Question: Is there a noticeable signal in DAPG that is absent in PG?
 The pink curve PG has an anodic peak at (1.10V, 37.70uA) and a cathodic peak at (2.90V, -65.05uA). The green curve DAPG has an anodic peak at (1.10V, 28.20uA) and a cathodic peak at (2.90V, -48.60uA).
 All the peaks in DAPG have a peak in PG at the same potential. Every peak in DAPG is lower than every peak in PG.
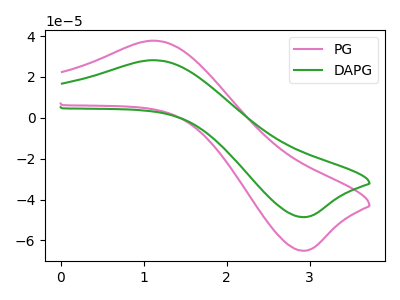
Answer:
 <answer>No, "DAPG" and "PG" don't appear to be significantly different in shape</answer>
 <eval>no_change</eval>